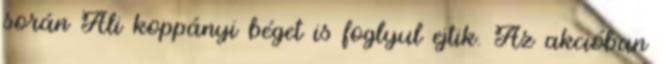
során Ali koppányi béget is foglyul ejtik. Az akcióban